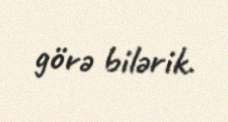
görə bilərik.